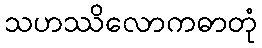
သဟဿိလောကဓာတုံ